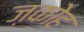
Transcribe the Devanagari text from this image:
ज़कोह